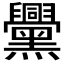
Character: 𪒵